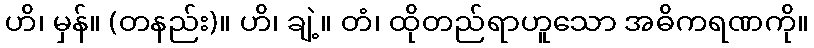
ဟိ၊ မှန်။ (တနည်း)။ ဟိ၊ ချဲ့။ တံ၊ ထိုတည်ရာဟူသော အဓိကရဏကို။